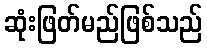
ဆုံးဖြတ်မည်ဖြစ်သည်